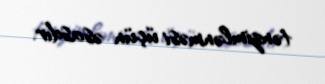
tənzimlənməsi üçün əsasdır.